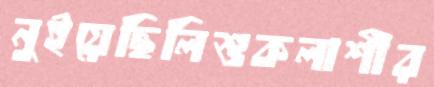
নুইয়েছিলিশুকলাশীর